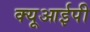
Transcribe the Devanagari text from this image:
क्यूआईपी